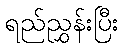
ရည်ညွှန်းပြီး